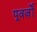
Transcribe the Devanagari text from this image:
पूवर्जों